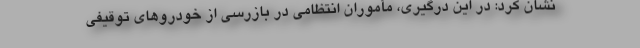
نشان کرد: در این درگیری، مأموران انتظامی در بازرسی از خودروهای توقیفی